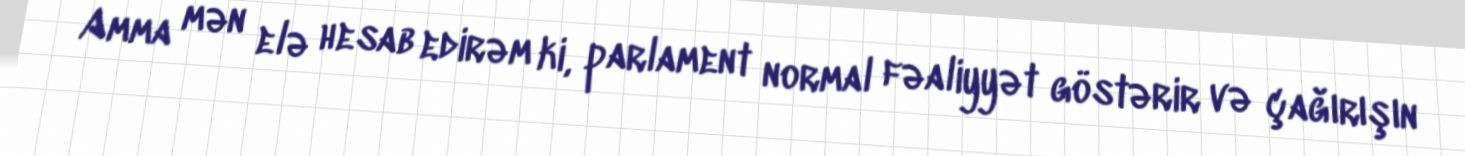
Amma mən elə hesab edirəm ki, parlament normal fəaliyyət göstərir və çağırışın